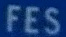
FES